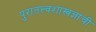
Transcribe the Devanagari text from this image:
पुरातत्त्वशास्त्रज्ञांची